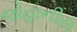
જોહાનીસ